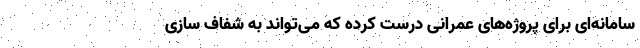
سامانه‌ای برای پروژه‌های عمرانی درست کرده که می‌تواند به شفاف سازی